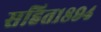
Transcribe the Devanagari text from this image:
सहित१८९४